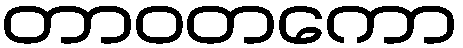
တာဝတကော